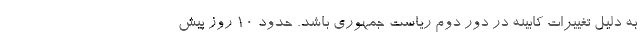
به دلیل تغییرات کابینه در دور دوم ریاست جمهوری باشد. حدود ۱۰ روز پیش